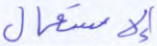
الإستعمال